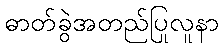
ဓာတ်ခွဲအတည်ပြုလူနာ